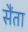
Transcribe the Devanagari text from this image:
सैंता